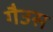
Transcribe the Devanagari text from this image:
गैउस